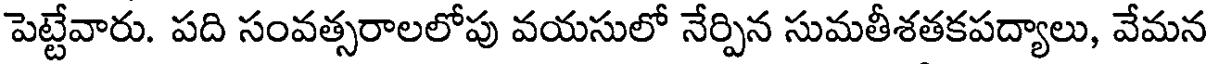
పెట్టేవారు. పది సంవత్సరాలలోపు వయసులో నేర్పిన సుమతీశతకపద్యాలు, వేమన